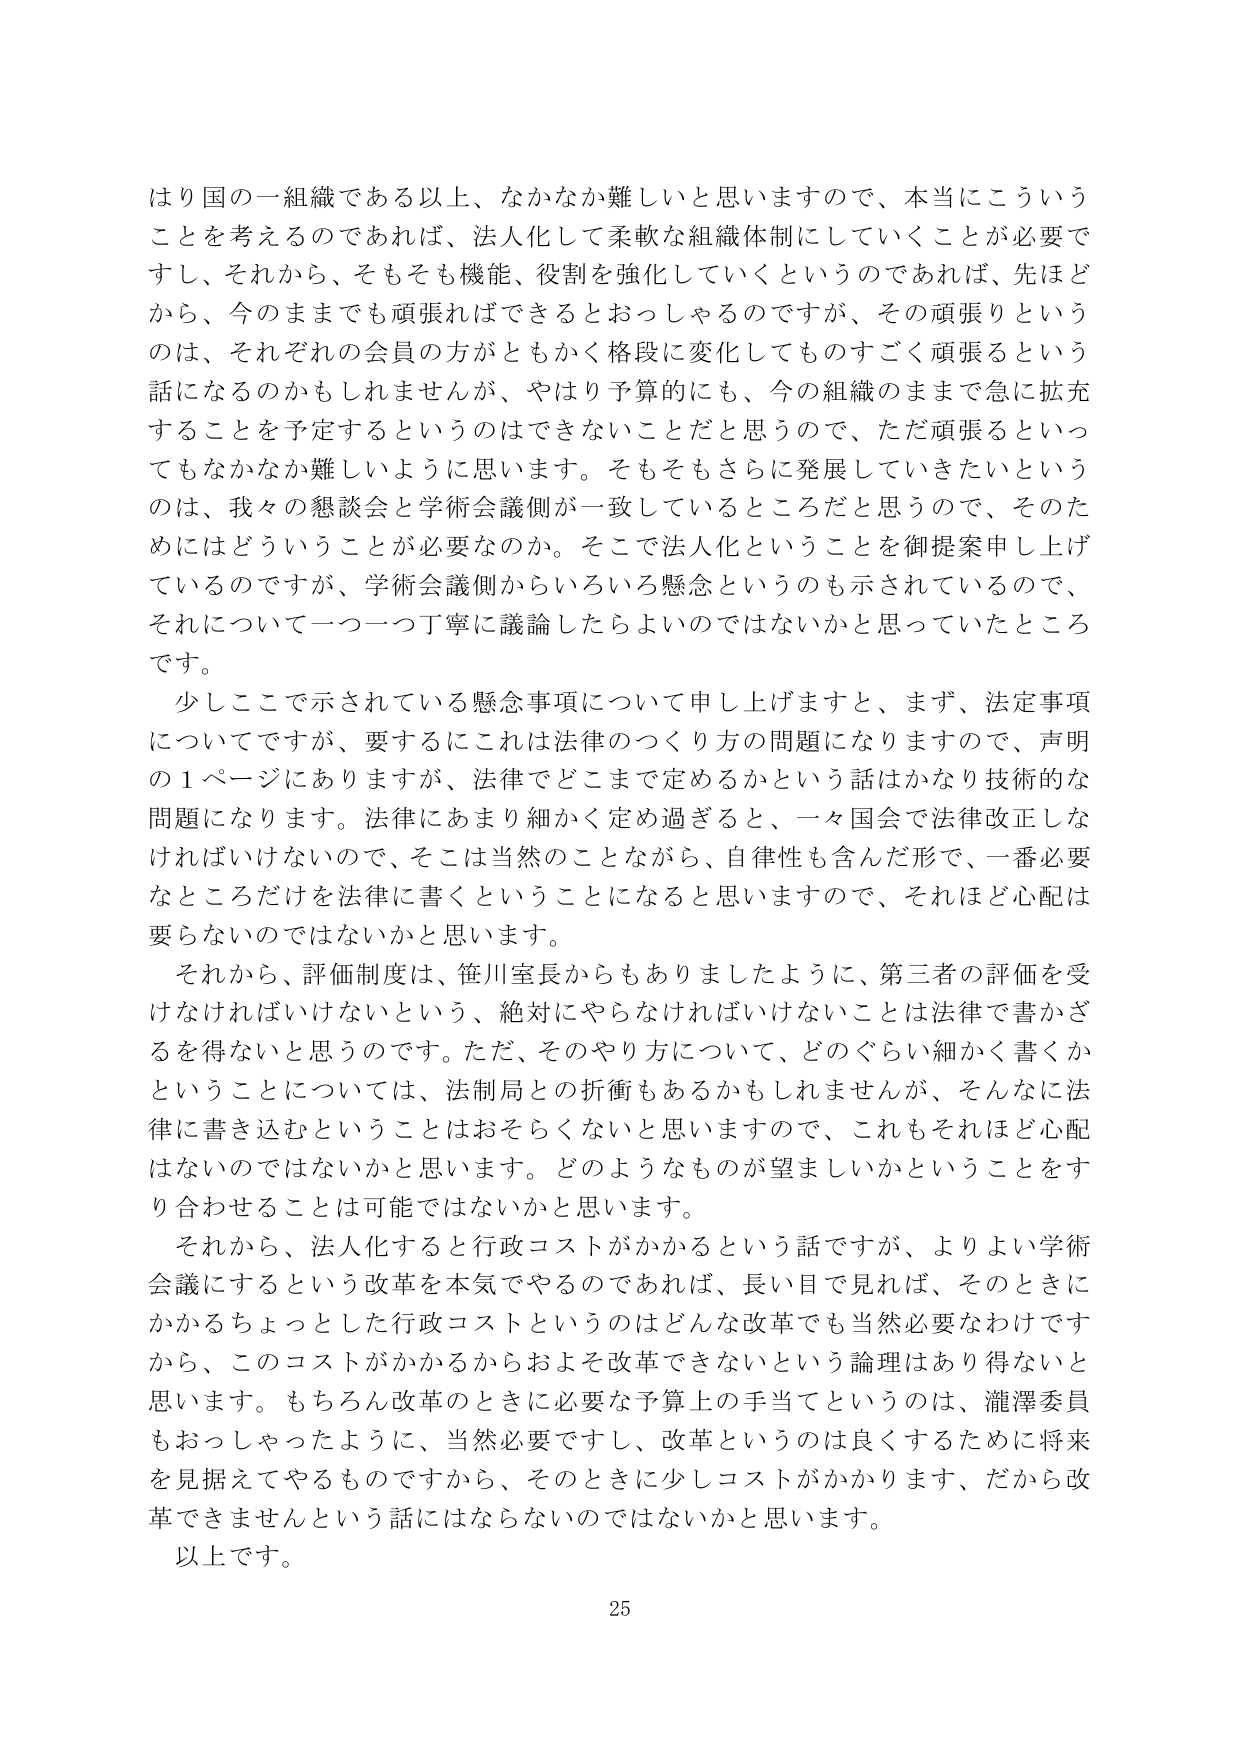
はり国のー組織である以上、なかなか難しいと思いますので、本当にこういうことを考えるのであれば、法人化して柔軟な組織体制にしていくことが必要ですし、それから、そもそも機能、役割を強化していくというのであれば、先ほどから、今のままでも頑張ればできるとおっしゃるのですが、その頑張りというのは、それぞれの会員の方がともかく格段に変化してものすごく頑張るという話になるのかもしれませんし、やはり予算的にも、今の組織のままで急に拡充することを予定するというのはできないことだと思うので、ただ頑張るといってもなかなか難しいように思います。そもそもさらに発展していきたいというのは、我々の懇談会と学術会議側が一致しているところだと思うので、そのためにはどういうことが必要なのか。そこで法人化ということを御提案申し上げているのですが、学術会議側からいろいろ懸念というのも示されているので、それについて一つ一つ丁寧に議論したらよいのではないかと思っていたところです。

少しここで示されている懸念事項について申し上げますと、まず、法定事項についてですが、要するにこれは法律のつくり方の問題になりますので、声明の１ページにありますが、法律でどこまで定めるかという話はかなり技術的な問題になります。法律にあまり細かく定め過ぎると、一々国会で法律改正しなければいけないので、そこは当然のことながら、自律性も含んだ形で、一番必要なところだけを法律に書くということになると思いますので、それほど心配は要らないのではないかと思います。

それから、評価制度は、笹川室長からもありましたように、第三者の評価を受けなければならないという、絶対にやらなければならないことは法律で書かざるを得ないと思うのです。ただ、そのやり方について、どのぐらい細かく書くかということについては、法制局との折衝もあるかもしれませんが、そんなに法律に書き込むということはおそらくないと思いますので、これもそれほど心配はないのではないかと思います。どのようなものが望ましいかということをすり合わせることは可能ではないかと思います。

それから、法人化すると行政コストがかかるという話ですが、よりよい学術会議にするという改革を本気でやるのであれば、長い目で見れば、そのときにかかるちょっとした行政コストというのはどんな改革でも当然必要なわけですから、このコストがかかるからおよそ改革できないという論理はあり得ないと思います。もちろん改革のときに必要な予算上の手当てというのは、瀧澤委員もおっしゃったように、当然必要ですし、改革というのは良くするために将来を見据えてやるものですから、そのときに少しコストがかかります、だから改革できませんという話にはならないのではないかと思います。

以上です。

25